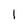
Character: l